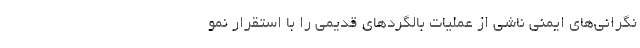
نگرانی‌های ایمنی ناشی از عملیات بالگردهای قدیمی را با استقرار نمو